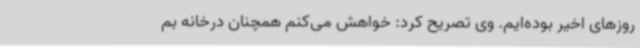
روزهای اخیر بوده‌ایم. وی تصریح کرد: خواهش می‌کنم همچنان درخانه بم